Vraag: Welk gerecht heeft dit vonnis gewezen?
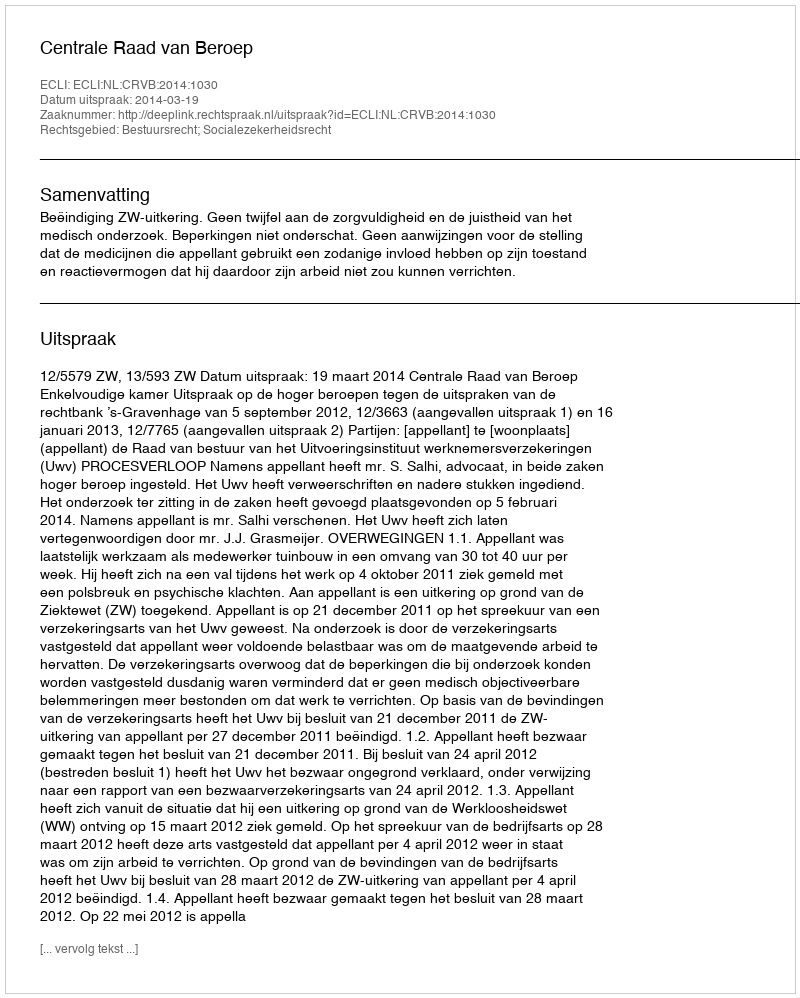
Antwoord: Centrale Raad van Beroep